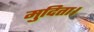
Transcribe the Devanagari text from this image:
मुदिता।